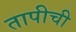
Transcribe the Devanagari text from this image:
तापीची